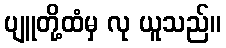
ပျူတို့ထံမှ လု ယူသည်။